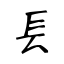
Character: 镸